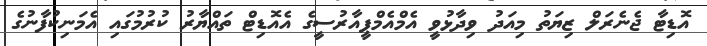
އޮޑިޓާ ޖެނެރަލް ޒިޔަތު މިއަދު ވިދާޅުވީ އެމްއެމްޕީއާރުސީގެ އެއޮޑިޓް ތައްޔާރު ކުރުމުގައި އެމަނިކުފާނުގެ